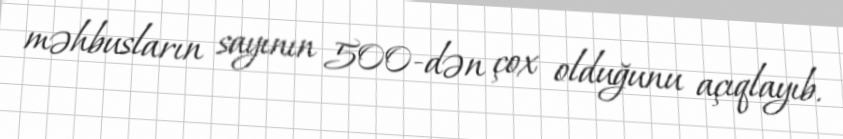
məhbusların sayının 500-dən çox olduğunu açıqlayıb.